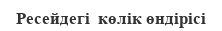
Ресейдегі  көлік өндірісі